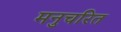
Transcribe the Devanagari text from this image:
मनुचरित